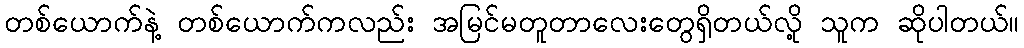
တစ်ယောက်နဲ့ တစ်ယောက်ကလည်း အမြင်မတူတာလေးတွေရှိတယ်လို့ သူက ဆိုပါတယ်။